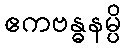
ဧကဗန္ဓနမ္ပိ